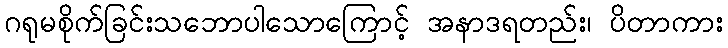
ဂရုမစိုက်ခြင်းသဘောပါသောကြောင့် အနာဒရတည်း၊ ပိတာကား